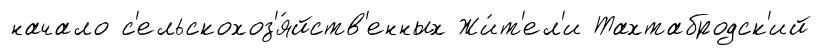
начало с'ельскохоз'я́йств'енных Жи́т'ел'и Тахтабродск'ий